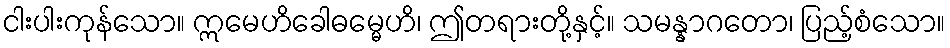
ငါးပါးကုန်သော။ ဣမေဟိခေါဓမ္မေဟိ၊ ဤတရားတို့နှင့်။ သမန္နာဂတော၊ ပြည့်စံသော။